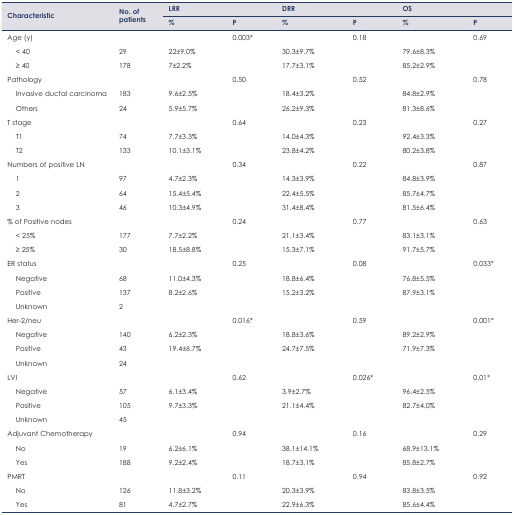
<table><thead><tr><td rowspan="3"><b>Characteristic</b></td><td rowspan="3"><b>No. of patients</b></td><td colspan="2"><b>LRR</b></td><td colspan="2"><b>DRR</b></td><td colspan="2"><b>OS</b></td></tr><tr><td><b>%</b></td><td><b>P</b></td><td><b>%</b></td><td><b>P</b></td><td><b>%</b></td><td><b>P</b></td></tr></thead><tbody><tr><td>Age (y)</td><td></td><td></td><td>0.003<sup>*</sup></td><td></td><td>0.18</td><td></td><td>0.69</td></tr><tr><td>&lt; 40</td><td>29</td><td>22±9.0%</td><td></td><td>30.3±9.7%</td><td></td><td>79.6±8.3%</td><td></td></tr><tr><td>≥ 40</td><td>178</td><td>7±2.2%</td><td></td><td>17.7±3.1%</td><td></td><td>85.2±2.9%</td><td></td></tr><tr><td>Pathology</td><td></td><td></td><td>0.50</td><td></td><td>0.52</td><td></td><td>0.78</td></tr><tr><td>Invasive ductal carcinoma</td><td>183</td><td>9.6±2.5%</td><td></td><td>18.4±3.2%</td><td></td><td>84.8±2.9%</td><td></td></tr><tr><td>Others</td><td>24</td><td>5.9±5.7%</td><td></td><td>26.2±9.3%</td><td></td><td>81.3±8.6%</td><td></td></tr><tr><td>T stage</td><td></td><td></td><td>0.64</td><td></td><td>0.23</td><td></td><td>0.27</td></tr><tr><td>T1</td><td>74</td><td>7.7±3.3%</td><td></td><td>14.0±4.3%</td><td></td><td>92.4±3.3%</td><td></td></tr><tr><td>T2</td><td>133</td><td>10.1±3.1%</td><td></td><td>23.8±4.2%</td><td></td><td>80.2±3.8%</td><td></td></tr><tr><td>Numbers of positive LN</td><td></td><td></td><td>0.34</td><td></td><td>0.22</td><td></td><td>0.87</td></tr><tr><td>1</td><td>97</td><td>4.7±2.3%</td><td></td><td>14.3±3.9%</td><td></td><td>84.8±3.9%</td><td></td></tr><tr><td>2</td><td>64</td><td>15.4±5.4%</td><td></td><td>22.4±5.5%</td><td></td><td>85.7±4.7%</td><td></td></tr><tr><td>3</td><td>46</td><td>10.3±4.9%</td><td></td><td>31.4±8.4%</td><td></td><td>81.5±6.4%</td><td></td></tr><tr><td>% of Positive nodes</td><td></td><td></td><td>0.24</td><td></td><td>0.77</td><td></td><td>0.63</td></tr><tr><td>&lt; 25%</td><td>177</td><td>7.7±2.2%</td><td></td><td>21.1±3.4%</td><td></td><td>83.1±3.1%</td><td></td></tr><tr><td>≥ 25%</td><td>30</td><td>18.5±8.8%</td><td></td><td>15.3±7.1%</td><td></td><td>91.7±5.7%</td><td></td></tr><tr><td>ER status</td><td></td><td></td><td>0.25</td><td></td><td>0.08</td><td></td><td>0.033<sup>*</sup></td></tr><tr><td>Negative</td><td>68</td><td>11.0±4.3%</td><td></td><td>18.8±6.4%</td><td></td><td>76.8±5.5%</td><td></td></tr><tr><td>Positive</td><td>137</td><td>8.2±2.6%</td><td></td><td>15.2±3.2%</td><td></td><td>87.9±3.1%</td><td></td></tr><tr><td>Unknown</td><td>2</td><td></td><td></td><td></td><td></td><td></td><td></td></tr><tr><td>Her-2/neu</td><td></td><td></td><td>0.016<sup>*</sup></td><td></td><td>0.59</td><td></td><td>0.001<sup>*</sup></td></tr><tr><td>Negative</td><td>140</td><td>6.2±2.3%</td><td></td><td>18.8±3.6%</td><td></td><td>89.2±2.9%</td><td></td></tr><tr><td>Positive</td><td>43</td><td>19.4±6.7%</td><td></td><td>24.7±7.5%</td><td></td><td>71.9±7.3%</td><td></td></tr><tr><td>Unknown</td><td>24</td><td></td><td></td><td></td><td></td><td></td><td></td></tr><tr><td>LVI</td><td></td><td></td><td>0.62</td><td></td><td>0.026<sup>*</sup></td><td></td><td>0.01<sup>*</sup></td></tr><tr><td>Negative</td><td>57</td><td>6.1±3.4%</td><td></td><td>3.9±2.7%</td><td></td><td>96.4±2.5%</td><td></td></tr><tr><td>Positive</td><td>105</td><td>9.7±3.3%</td><td></td><td>21.1±4.4%</td><td></td><td>82.7±4.0%</td><td></td></tr><tr><td>Unknown</td><td>45</td><td></td><td></td><td></td><td></td><td></td><td></td></tr><tr><td>Adjuvant Chemotherapy</td><td></td><td></td><td>0.94</td><td></td><td>0.16</td><td></td><td>0.29</td></tr><tr><td>No</td><td>19</td><td>6.2±6.1%</td><td></td><td>38.1±14.1%</td><td></td><td>68.9±13.1%</td><td></td></tr><tr><td>Yes</td><td>188</td><td>9.2±2.4%</td><td></td><td>18.7±3.1%</td><td></td><td>85.8±2.7%</td><td></td></tr><tr><td>PMRT</td><td></td><td></td><td>0.11</td><td></td><td>0.94</td><td></td><td>0.92</td></tr><tr><td>No</td><td>126</td><td>11.8±3.2%</td><td></td><td>20.3±3.9%</td><td></td><td>83.8±3.5%</td><td></td></tr><tr><td>Yes</td><td>81</td><td>4.7±2.7%</td><td></td><td>22.9±6.3%</td><td></td><td>85.6±4.4%</td><td></td></tr></tbody></table>